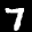
Label: 7